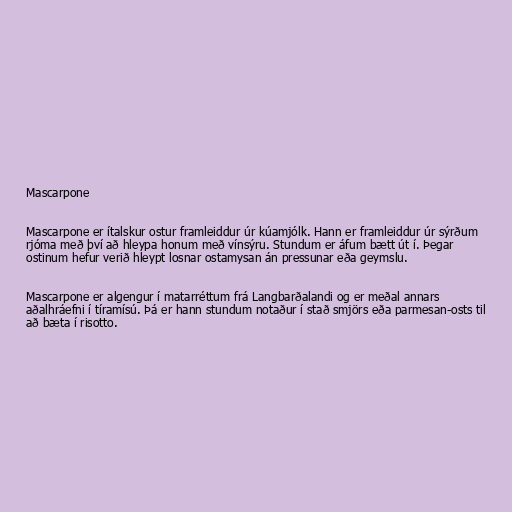
Mascarpone

Mascarpone er ítalskur ostur framleiddur úr kúamjólk. Hann er framleiddur úr sýrðum
rjóma með því að hleypa honum með vínsýru. Stundum er áfum bætt út í. Þegar
ostinum hefur verið hleypt losnar ostamysan án pressunar eða geymslu.

Mascarpone er algengur í matarréttum frá Langbarðalandi og er meðal annars
aðalhráefni í tíramísú. Þá er hann stundum notaður í stað smjörs eða parmesan-osts til
að bæta í risotto.